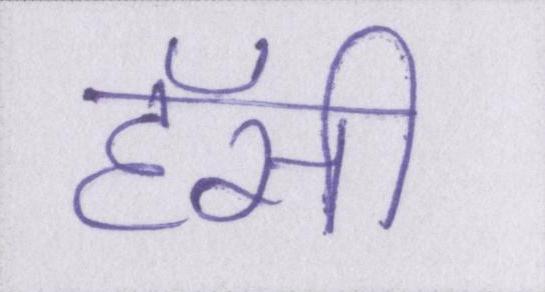
हॅसी